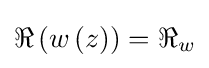
\Re \left(w\left(z\right)\right)=\Re _{w}